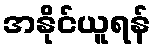
အနိုင်ယူရန်